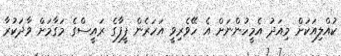
ކުއްލިއަކަށް މިއަދު އެމީހުންނަށް އެ ހޭވެރިވީ އަހަރެން ފީފާގެ ރައީސްގެ މަގާމަށް ވާދަކުރާ